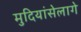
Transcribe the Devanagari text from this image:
मुदियांसेलागे